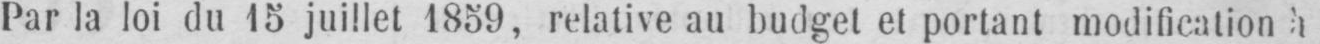
Par la loi du 15 juillet 1859, relative au budget et portant modification à